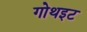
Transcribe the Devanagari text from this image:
गोथइट